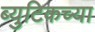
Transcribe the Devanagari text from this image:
ब्युटिकच्या